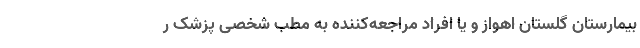
بیمارستان گلستان اهواز و یا افراد مراجعه‌کننده به مطب شخصی پزشک ر